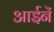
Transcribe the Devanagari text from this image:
आईनें